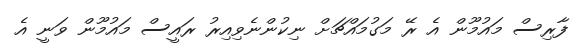
ފާރިސް މައުމޫން އެ ރޭ މަގުމައްޗަށް ނިކުންނެވިއިރު ރައީސް މައުމޫން ވަނީ އެ